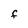
Character: F